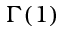
\Gamma ( 1 )